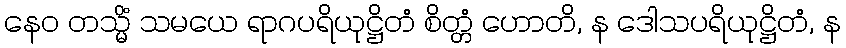
နေဝ တသ္မိံ သမယေ ရာဂပရိယုဋ္ဌိတံ စိတ္တံ ဟောတိ, န ဒေါသပရိယုဋ္ဌိတံ, န